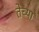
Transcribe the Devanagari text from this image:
तेच्या